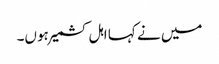
میں نے کہا اہل کشمیر ہوں۔